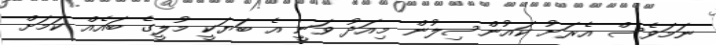
ނަމަވެސް އެރަށު ކައުންސިލުން މިއަދު ވަނީ އެ ބަޔަކީ މުލީގެ ބައެއް ކަމަށް